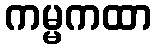
ကမ္မကထာ